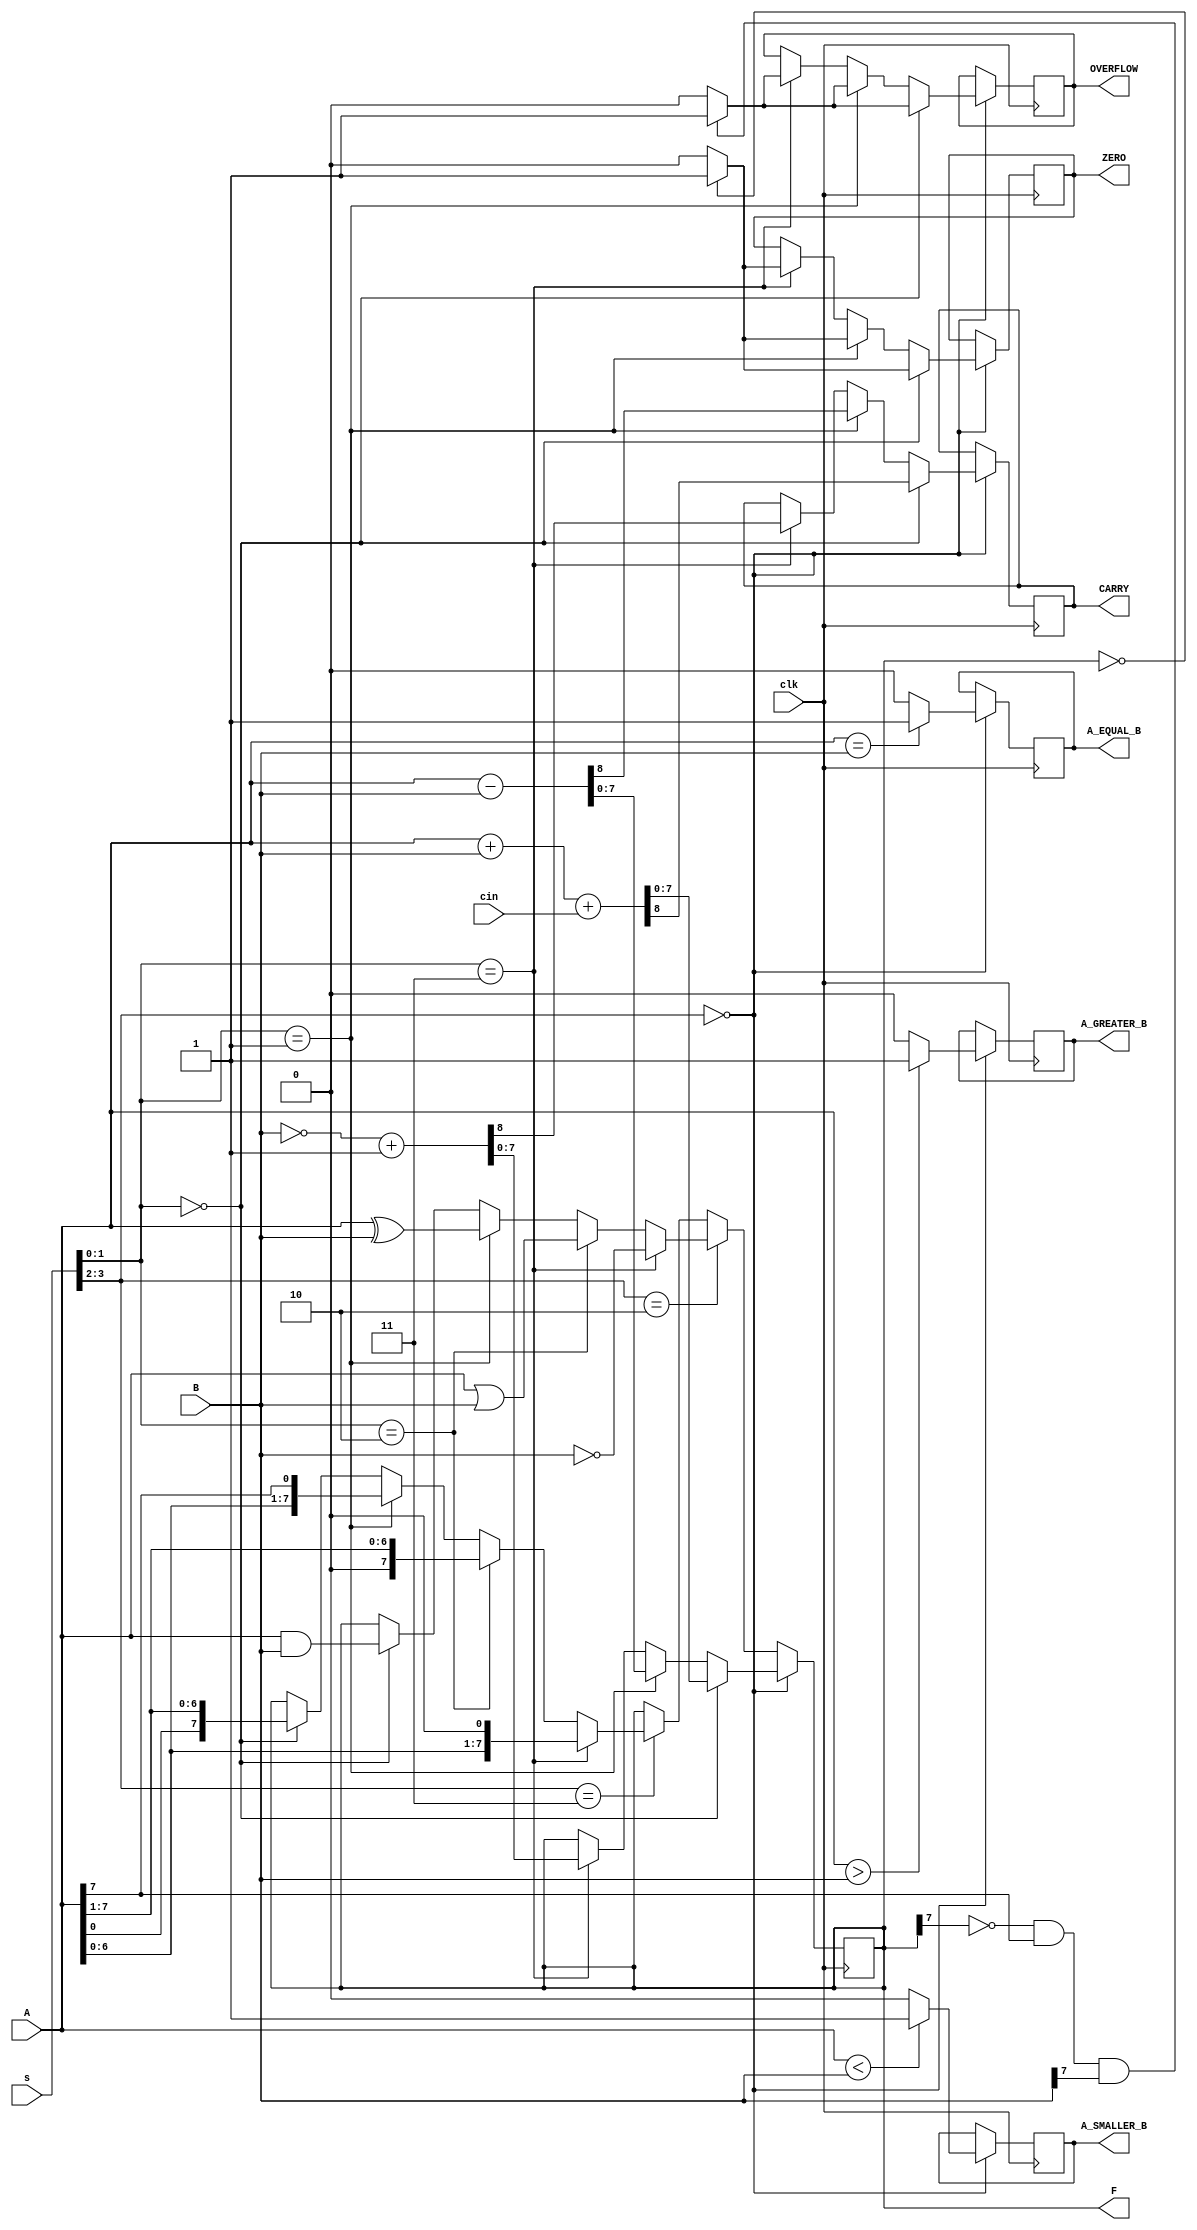
module ALU_8(input [7:0] A,input [7:0] B,input clk, input cin,
input [3:0] s, output reg A_EQUAL_B,output reg A_GREATER_B,output reg A_SMALLER_B , 
output reg CARRY,output reg ZERO , output reg OVERFLOW ,
output reg[7:0] F);

always @(posedge clk)
begin
//ARITHMETIC
if(s[3:2] == 2'b00)
begin
A_EQUAL_B <= (A==B ? 1'b1:1'b0);
A_GREATER_B <= (A>B ? 1'b1:1'b0);
A_SMALLER_B <= (A<B ? 1'b1:1'b0);
//A+B
	if(s[1:0] == 2'b00)
	begin
	{CARRY,F} <= A+B+cin;  
	if(F==8'b0)ZERO <= 1'b1;
	else ZERO <= 1'b0;
	if(~F[7]&A[7]&B[7])OVERFLOW <= 1'b1;///COMMENT
	else OVERFLOW <= 1'b0;
	end
//A-B
	else if(s[1:0] == 2'b01)
	begin
	{CARRY,F} <= A-B;
	ZERO <= (F==8'b0 ? 1'b1:1'b0);
	if(~F[7]&A[7]&B[7])OVERFLOW <= 1'b1;///COMMENT
	else OVERFLOW <= 1'b0;
	end
//2's complement 
	else if(s[1:0] == 2'b11)
	begin
	{CARRY,F} <= ~B+8'b00000001;
	ZERO <= (F==8'b0 ? 1'b1:1'b0);
	if(~F[7]&A[7]&B[7])OVERFLOW <= 1'b1;///COMMENT
	else OVERFLOW <= 1'b0;
	end
end

//LOGIC UNIT
else if(s[3:2] == 2'b10)
begin
	if(s[1:0] == 2'b00)
	begin
	F <= A&B;
	end
	if(s[1:0] == 2'b01)
	begin
	F <= A^B;
	end
	if(s[1:0] == 2'b10)
	begin
	F <= A|B;
	end
	if(s[1:0] == 2'b11)
	begin
	F <= ~B;
	end
	
end
//shift UNIT
else if(s[3:2] == 2'b11)
begin
//right rotate
	if(s[1:0] == 2'b00)
	begin
	F <= {A[0],A[7:1]};
	end
	//left rotate
	if(s[1:0] == 2'b01)
	begin
	F <= {A[6:0],A[7]};
	end
	//right shift
	if(s[1:0] == 2'b10)
	begin
	F <=  A>>1;
	end
	//left shift
	if(s[1:0] == 2'b11)
	begin
	F <=  A<<1;
	end
end

end
endmodule